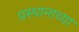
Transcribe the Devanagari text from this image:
प्रस्थानाच्या